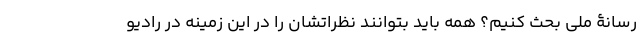
رسانۀ ملی بحث کنیم؟ همه باید بتوانند نظراتشان را در این زمینه در رادیو